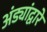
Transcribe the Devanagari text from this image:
अंड्यांद्वारे